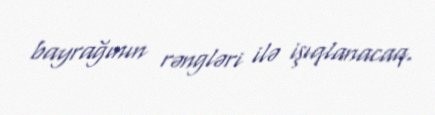
bayrağının rəngləri ilə işıqlanacaq.